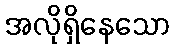
အလိုရှိနေသော